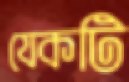
যেকটি